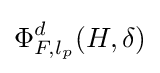
\Phi _{F,l_{p}}^{d}(H,\delta )